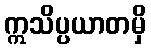
ဣသိပ္ပယာတမှိ